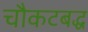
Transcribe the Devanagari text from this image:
चौकटबद्ध